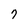
Character: 7